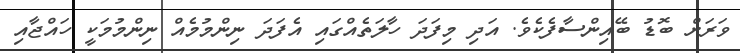
ވަރަށް ބޮޑު ބޭއިންސާފެކެވެ. އަދި މިފަދަ ހާލަތެއްގައި އެފަދަ ނިންމުމެއް ނިންމުމަކީ ހައްޖާއި